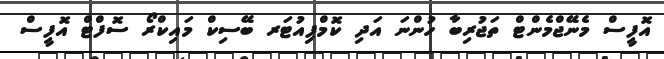
އޮފީސް މެނޭޖްމެންޓް ތަޖުރިބާ ހުންނަ އަދި ކޮމްޕިއުޓަރ ބޭސިކް މައިކްރޯ ސޮފްޓް އޮފީސް